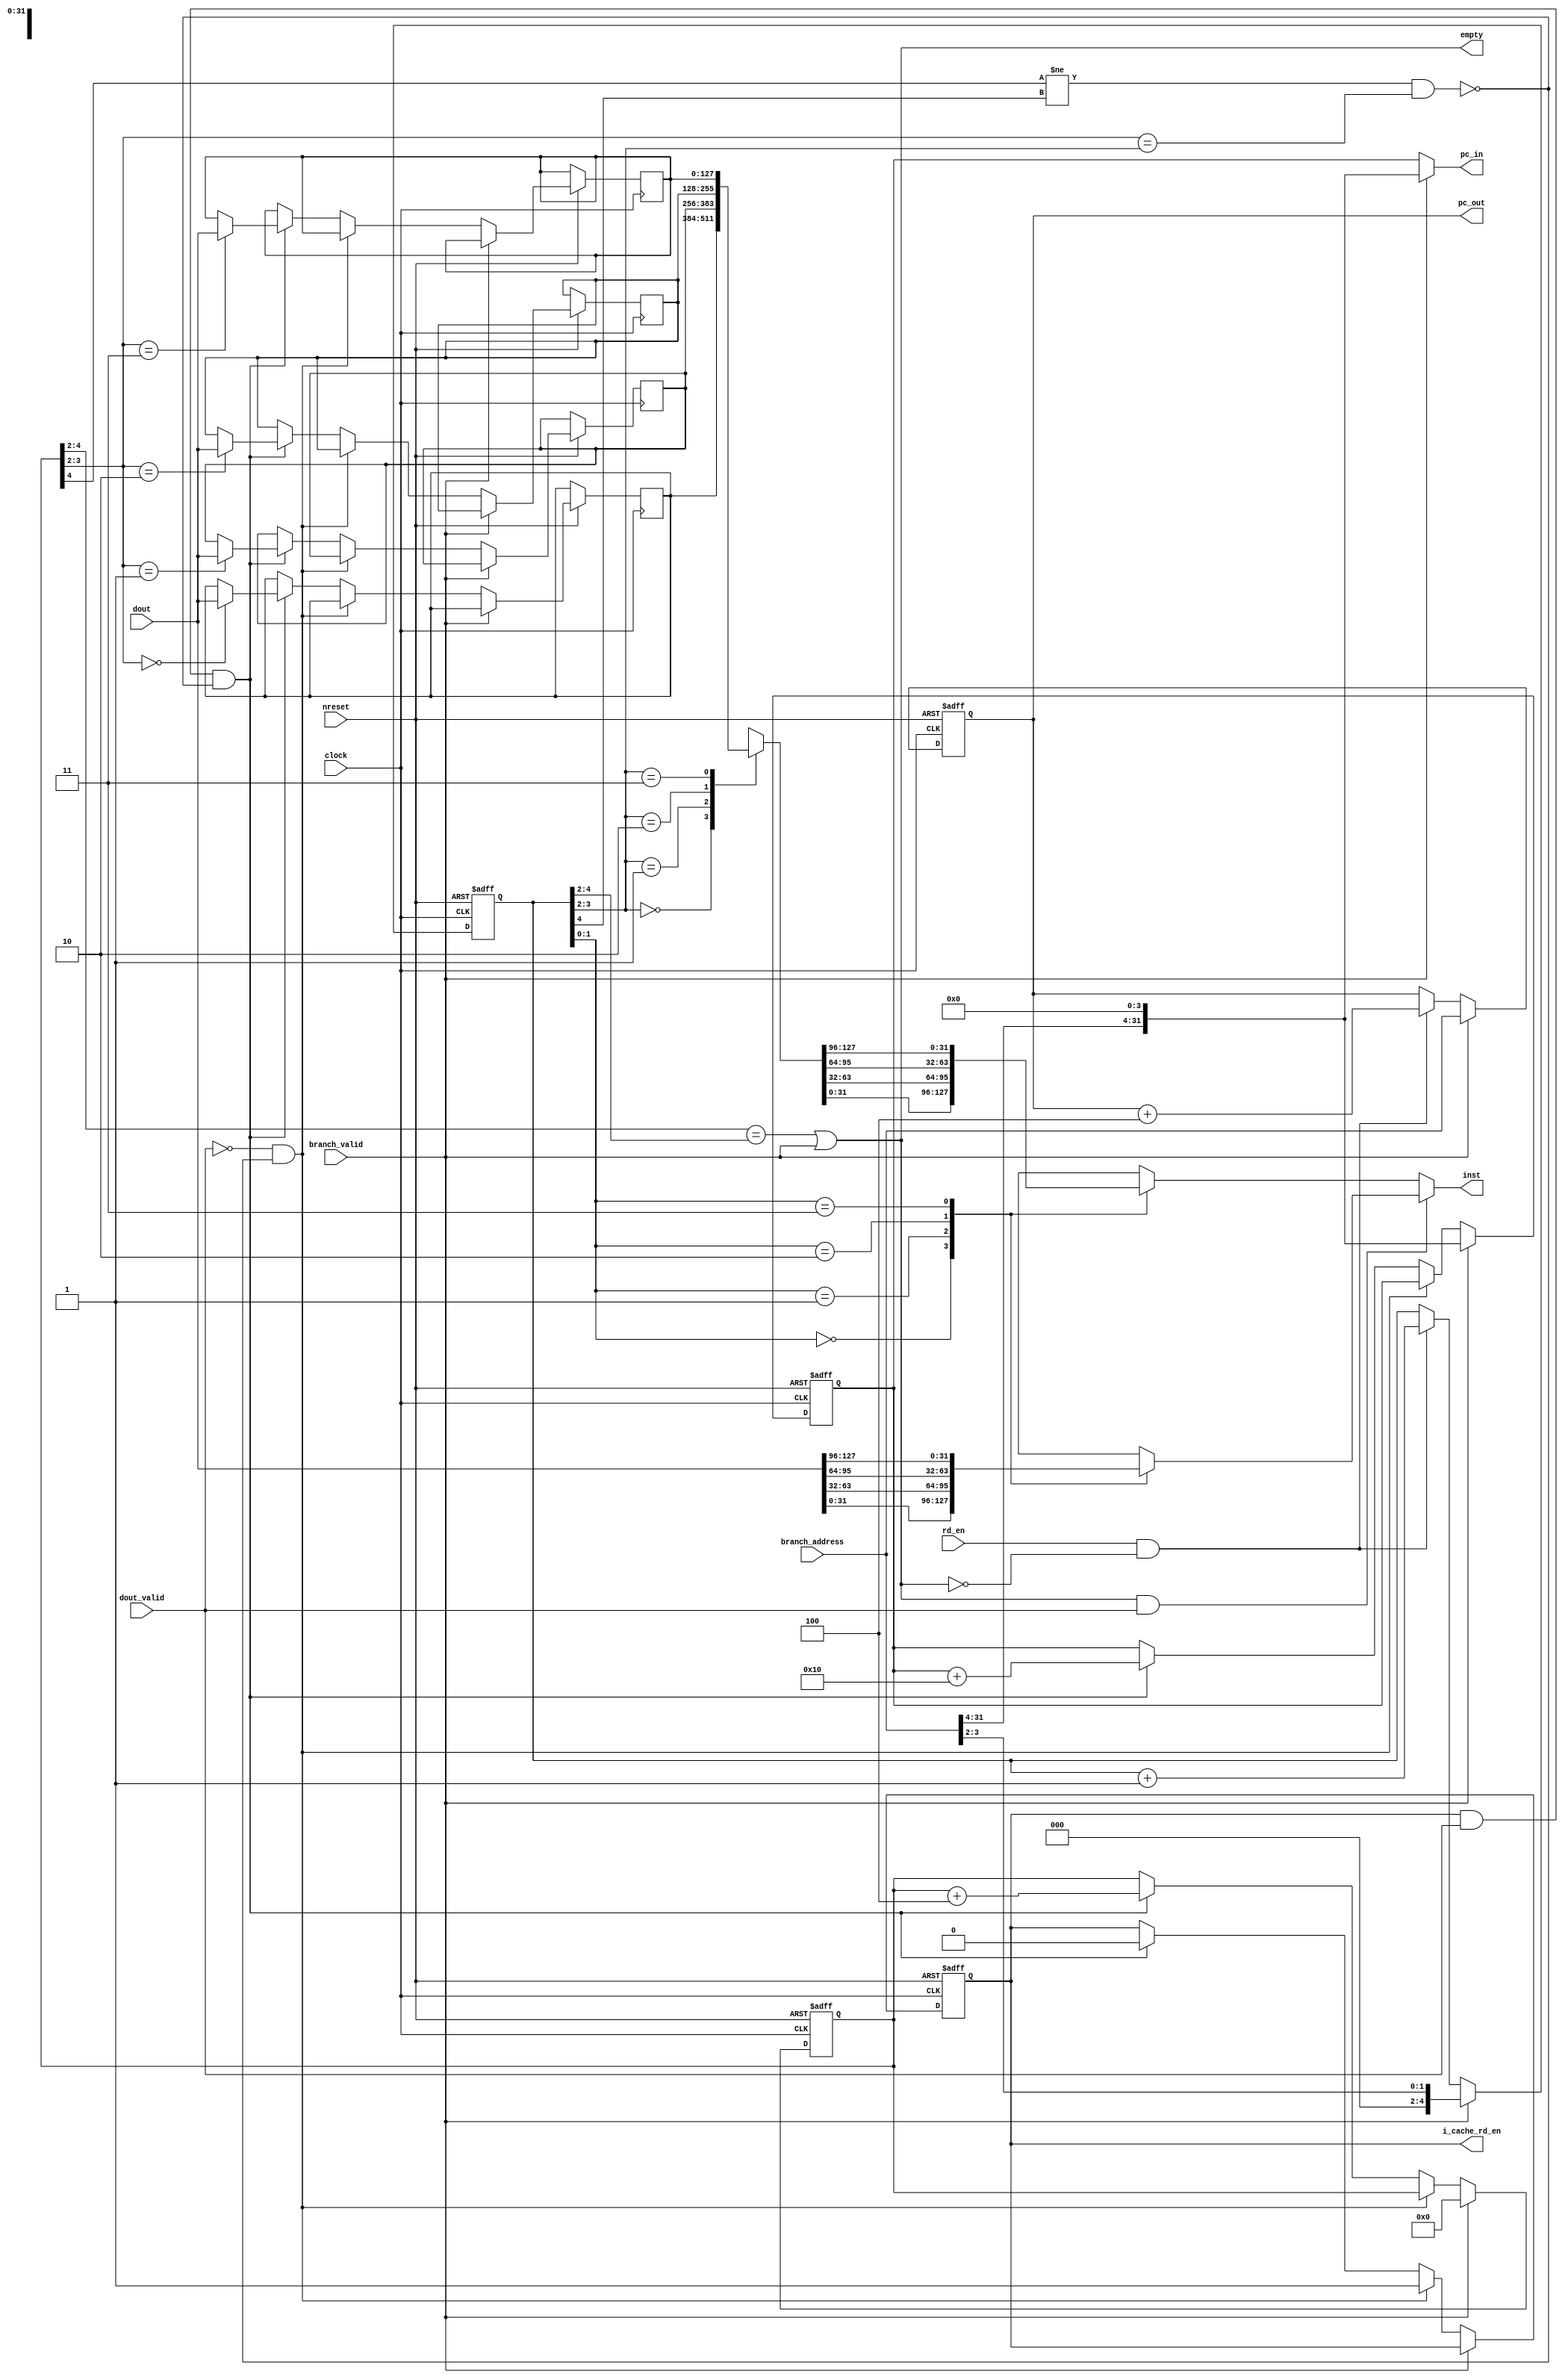
//
//-------------------------------------------------------------------------------------------------
//-------------------------------------------------------------------------------------------------
// modification history
// author          date        description
// ialvarado       2012-02-03  creation
//-------------------------------------------------------------------------------------------------

//-------------------------------------------------------------------------------------------------
//
// MODULE: ifq
//
//-------------------------------------------------------------------------------------------------
module ifq (
  clock,
  nreset,
  rd_en,
  branch_valid,
  dout_valid,
  branch_address,
  dout,
  empty,
  i_cache_rd_en,
  pc_in,
  pc_out,
  inst
);

  //-----------------------------------------------------------------------------------------------
  // Inputs
  //-----------------------------------------------------------------------------------------------
  input clock;
  input nreset;
  input rd_en;
  input branch_valid;
  input dout_valid;

  input [31:0]  branch_address;
  input [127:0] dout;

  //-----------------------------------------------------------------------------------------------
  // Outputs
  //-----------------------------------------------------------------------------------------------
  output empty;
  output i_cache_rd_en;

  output [31:0] pc_in;
  output [31:0] pc_out;
  output [31:0] inst;

  //-----------------------------------------------------------------------------------------------
  // Memory
  //-----------------------------------------------------------------------------------------------
  reg [127:0] memory_array [0:3];

  //-----------------------------------------------------------------------------------------------
  // Variables
  //-----------------------------------------------------------------------------------------------
  reg  [ 4:0] wr_ptr;
  reg  [ 4:0] rd_ptr;
  reg  [31:0] pc_out;
  reg  [31:0] pc_inr;
  reg  [31:0] inst;
  reg         i_cache_rd_en;
  wire [31:0] pc_in;

  //-----------------------------------------------------------------------------------------------
  // Nets
  //-----------------------------------------------------------------------------------------------
  wire empty;
  wire internal_empty_flag;
  wire full;

  //-----------------------------------------------------------------------------------------------
  // logic
  //-----------------------------------------------------------------------------------------------
  assign internal_empty_flag = (wr_ptr[4:2] == rd_ptr[4:2]) | branch_valid;
  assign empty = internal_empty_flag;
  assign full  = (wr_ptr[4] != rd_ptr[4]) && (wr_ptr[3:2] == rd_ptr[3:2]);
  assign pc_in = branch_valid ? {branch_address[31:4], 4'h0}: pc_inr;

  //-----------------------------------------------------------------------------------------------
  // Registers logic
  //-----------------------------------------------------------------------------------------------
  always @(posedge clock, negedge nreset) begin
    if(!nreset) begin
      rd_ptr <= 0;
      pc_out <= 0;
    end
    else if (branch_valid) begin
      rd_ptr <= {2'b0, branch_address[3:2]};
      pc_out <= branch_address;
    end
    else begin
      if(rd_en && !empty) begin
        rd_ptr <= rd_ptr + 1;
        pc_out <= pc_out + 4;
      end
    end
  end

  //-----------------------------------------------------------------------------------------------
  // Registers logic
  //-----------------------------------------------------------------------------------------------
  always @(posedge clock, negedge nreset) begin
    if(!nreset) begin
      i_cache_rd_en <= 0;
      wr_ptr <= 0;
      pc_inr <= 0;
    end
    else if (branch_valid) begin
      wr_ptr <= 0;
      pc_inr <= {branch_address[31:4], 4'h0};
    end
    else begin
      if(!dout_valid && !full) begin
        i_cache_rd_en <= 1;
      end
      else if(i_cache_rd_en && dout_valid && !full) begin
        i_cache_rd_en <= 0;
        memory_array[wr_ptr[3:2]] <= dout;
        wr_ptr <= wr_ptr + 4;
        pc_inr <= pc_inr+ 16;
      end
    end
  end

  //-----------------------------------------------------------------------------------------------
  // Multiplexors
  //-----------------------------------------------------------------------------------------------
  always @(*) begin
    if(internal_empty_flag & dout_valid) begin
      case(rd_ptr[1:0])
        'h0: inst = dout[ 31: 0];
        'h1: inst = dout[ 63:32];
        'h2: inst = dout[ 95:64];
        'h3: inst = dout[127:96];
      endcase
    end
    else begin
      case(rd_ptr[1:0])
        'h0: inst = memory_array[rd_ptr[3:2]][ 31: 0];
        'h1: inst = memory_array[rd_ptr[3:2]][ 63:32];
        'h2: inst = memory_array[rd_ptr[3:2]][ 95:64];
        'h3: inst = memory_array[rd_ptr[3:2]][127:96];
      endcase
    end
  end


endmodule